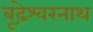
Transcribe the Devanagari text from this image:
बूढ़ेश्वरनाथ